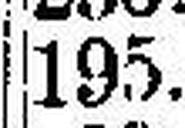
195.—